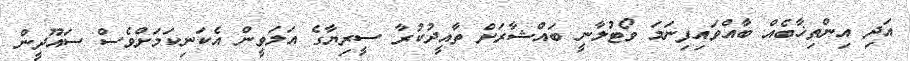
އަދި އިންތިޚާބެއް ބާއްވައިފިނަމަ ވޯޓުލާނީ ބައްޝާރަށް ތާއީދުކުރާ ސީރިޔާގެ އަލަވީން އެކަނިކަމަށްވެސް ސައޫދީން